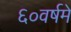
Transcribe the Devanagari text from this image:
६०वर्षमे